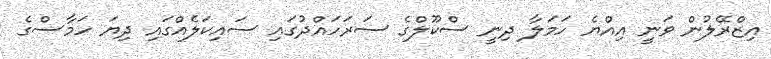
އިޒްރޭލުން ވަނީ އިއްޔެ ހަމަލާ ދިނީ ސްކޫލްގެ ސަރަހައްދުގައި ސައިކަލެއްގައި ދިޔަ ހަމާސްގެ